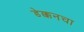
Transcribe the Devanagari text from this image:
डेक्कनचा